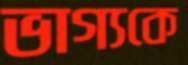
ভাগ্যকে